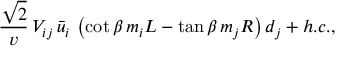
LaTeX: \frac { \sqrt { 2 } } { v } \, V _ { i j } \, \bar { u } _ { i } \, \left( \cot \beta \, m _ { i } L - \tan \beta \, m _ { j } R \right) d _ { j } + h . c . ,